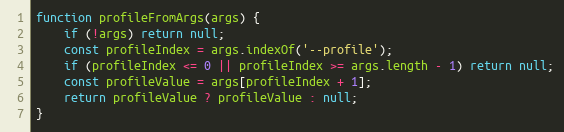
Language: JavaScript
function profileFromArgs(args) {
	if (!args) return null;
	const profileIndex = args.indexOf('--profile');
	if (profileIndex <= 0 || profileIndex >= args.length - 1) return null;
	const profileValue = args[profileIndex + 1];
	return profileValue ? profileValue : null;
}